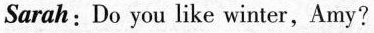
Sarah:Do you like winter,Amy?